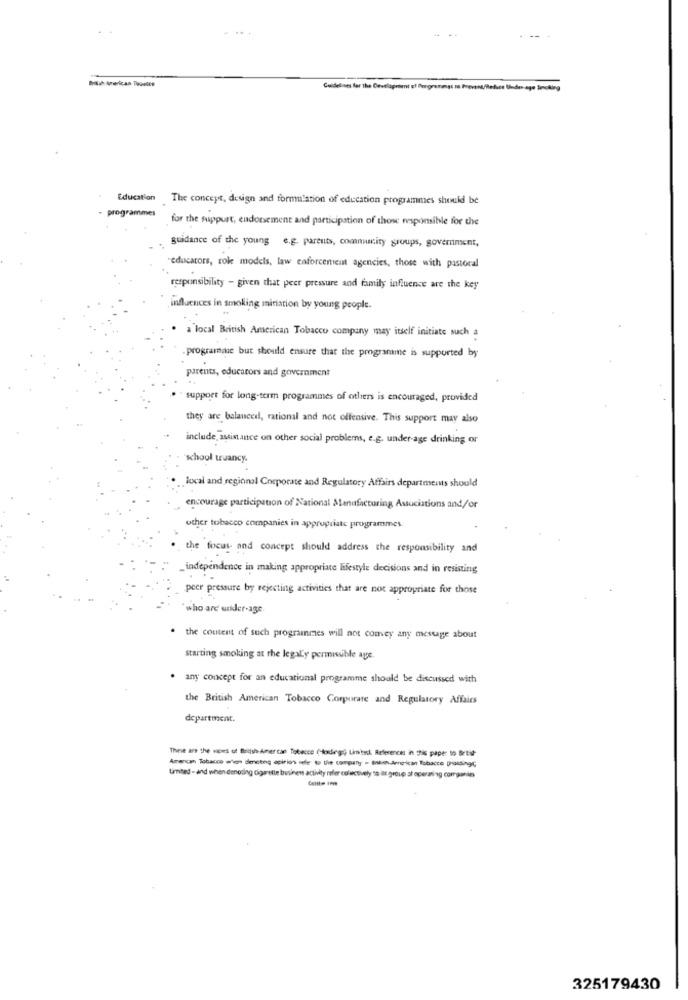
Education
The concept, design and formulation of education programmes should be
- programmes
for the suppurt, endorsement and participation of those responsible for the
guidance of the young e.g. parents, comnumcity groups, government,
educators, role models, law enforcement agencies, those with pastoral
responsibility - given that peer pressure and family influence are the key
influences in smoking miniation by young people.
. a local British American Tobacco company may itself initiate such a
. programme but should ensure that the programme is supported by
parents, educators and government
support for long-term programmes of others is encouraged, provided
they are balanced, rational and not offensive. This support may also
include, assistance on other social problems, e.g. underage drinking or
school truancy.
local and regional Corporate and Regulatory Affairs departments should
encourage participation of National Manufacturing Associations and/or
other tobacco companies in appropriate programmes
the focus and concept should address the responsibility and
_independence in making appropriate lifestyle decisions and in resisting
peer pressure by rejecting activities that are not appropriate for those
"who are water-age
. the content of such programmes will not convey any message about
starting smoking at the legaly permissible age.
. any concept for an educational programme should be discussed with
the British American Tobacco Corporate and Regulatory Affairs
department.
These are the vapes of Beltish Amer can Tobecce (lodeg; Limits References in this paper to Brest-
American Tobacco when senetną opinion sele to the company - Biharnoican Tobacco Dialingc
united - and when denoding cigarette business activity refer cofinctively 58 ilt group at operating companies
325179430